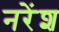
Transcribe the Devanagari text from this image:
नरेंश